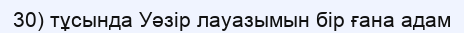
30) тұсында Уәзір лауазымын бір ғана адам